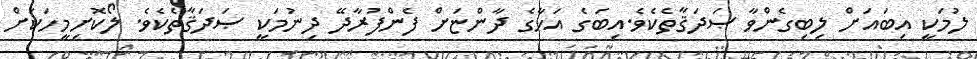
ލުމަކީ އިބައަށް ލިބިގެންވާ ޞަދަޤާތެކެވެ.އިބަގެ އަޚާގެ ދާންޏަށް ފެންފުރާދޭ ދިނުމަކީ ޞަދަޤާތެކެވެ. ލޯކޮށިމީހަކަށް